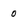
Character: 0